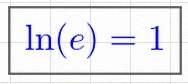
\ln(e)=1